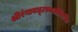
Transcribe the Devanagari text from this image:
श्रीरंगावधूटस्वामीविरचित